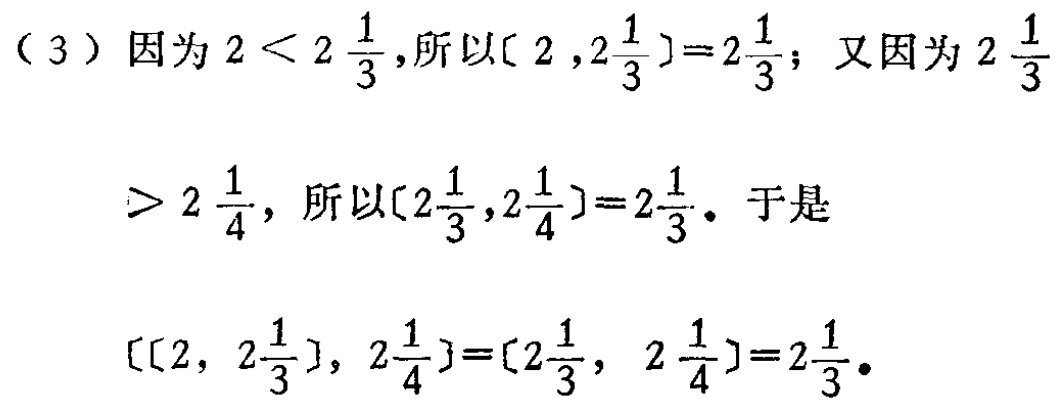
（3）因为\(2 < 2\frac{1}{3}\)，所以\([2,2\frac{1}{3}]=2\frac{1}{3}\)；又因为\(2\frac{1}{3}> 2\frac{1}{4}\)，所以\([2\frac{1}{3},2\frac{1}{4}]=2\frac{1}{3}\)。于是
\([[2, 2\frac{1}{3}], 2\frac{1}{4}]=[2\frac{1}{3}, 2\frac{1}{4}]=2\frac{1}{3}\)。